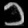
Digit: ၁